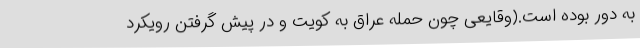
به دور بوده است.(وقایعی چون حمله عراق به کویت و در پیش گرفتن رویکرد